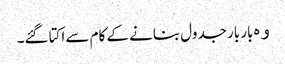
ﻭﮦ بار بار جدول بنانے کے کام سے اکتا گئے۔